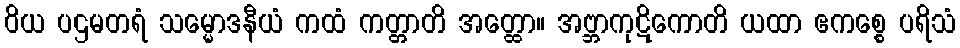
ဝိယ ပဌမတရံ သမ္မောဒနီယံ ကထံ ကတ္တာတိ အတ္ထော။ အဗ္ဘာကုဋိကောတိ ယထာ ဧကစ္စေ ပရိသံ